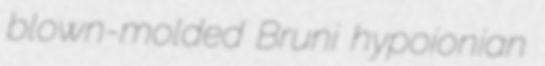
blown-molded Bruni hypoionian